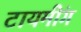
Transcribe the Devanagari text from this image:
टायमींग